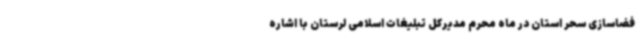
فضاسازی سحر استان در ماه محرم مدیرکل تبلیغات اسلامی لرستان با اشاره